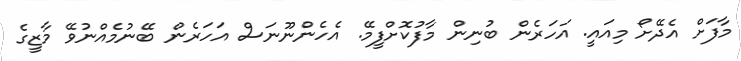
މާފަށް އެދޭށޯ މިއައީ. އަހަރެން ބުނިން މާފުކޮށްފީމޭ. އެހެންނޫނަސް އަހަރެން ބޭނުމެއްނުވޭ މާޒީގެ